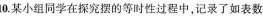
10.某小组同学在探究摆的等时性过程中，记录了如表数